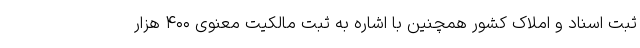
ثبت اسناد و املاک کشور همچنین با اشاره به ثبت مالکیت معنوی ۴۰۰ هزار